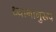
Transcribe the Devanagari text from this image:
ध्यानानुरूप